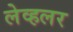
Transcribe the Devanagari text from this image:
लेव्हलर